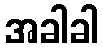
အခါခါ